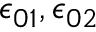
\epsilon _ { 0 1 } , \epsilon _ { 0 2 }